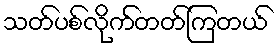
သတ်ပစ်လိုက်တတ်ကြတယ်